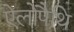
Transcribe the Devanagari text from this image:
ऐलोपैथि